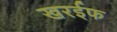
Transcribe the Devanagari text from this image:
खरईफ